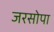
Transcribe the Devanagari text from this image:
जरसोपा